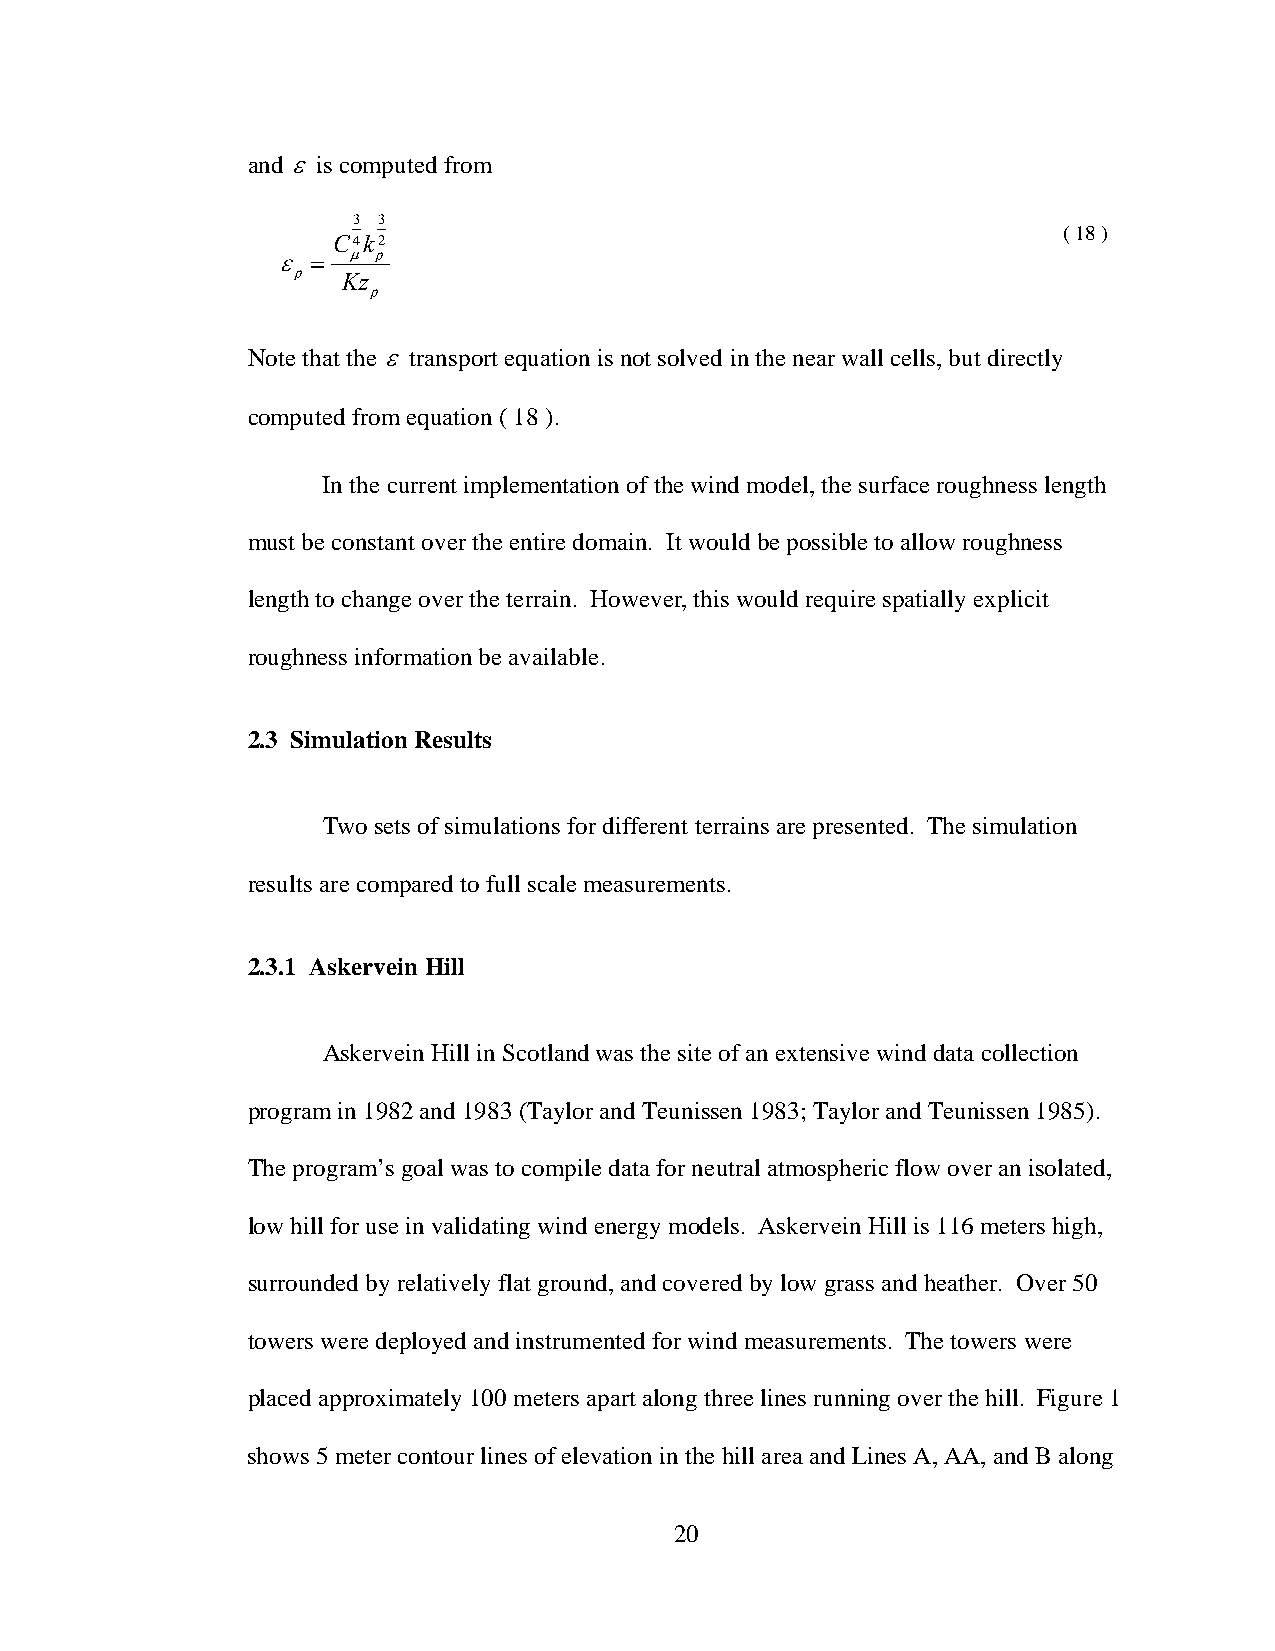
and ε is computed from
 3 3
 ( 18 )
 C4k2
 ε  = μ p
 p  Kz
 p
 Note that the ε transport equation is not solved in the near wall cells, but directly
 computed from equation ( 18 ).
 In the current implementation of the wind model, the surface roughness length
 must be constant over the entire domain. It would be possible to allow roughness
 length to change over the terrain. However, this would require spatially explicit
 roughness information be available.
 2.3 Simulation Results
 Two sets of simulations for different terrains are presented. The simulation
 results are compared to full scale measurements.
 2.3.1 Askervein Hill
 Askervein Hill in Scotland was the site of an extensive wind data collection
 program in 1982 and 1983 (Taylor and Teunissen 1983; Taylor and Teunissen 1985).
 The program’s goal was to compile data for neutral atmospheric flow over an isolated,
 low hill for use in validating wind energy models. Askervein Hill is 116 meters high,
 surrounded by relatively flat ground, and covered by low grass and heather. Over 50
 towers were deployed and instrumented for wind measurements. The towers were
 placed approximately 100 meters apart along three lines running over the hill. Figure 1
 shows 5 meter contour lines of elevation in the hill area and Lines A, AA, and B along
 20